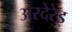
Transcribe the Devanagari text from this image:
अरदेरेइ